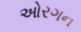
ઓરગન